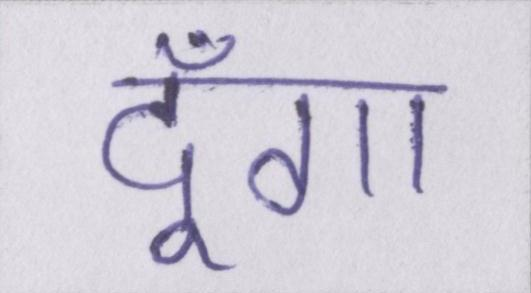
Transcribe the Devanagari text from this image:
दूँगा